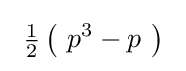
\ {\tfrac {1}{2}}\left(\ p^{3}-p\ \right)\